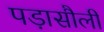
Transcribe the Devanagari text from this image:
पड़ासौली